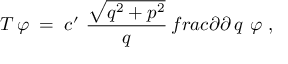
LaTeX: T \, \varphi \; = \; c ^ { \prime } \ \frac { \sqrt { q ^ { 2 } + p ^ { 2 } } } { q } \, f r a c { \partial } { \partial \, q } \ \varphi \ ,